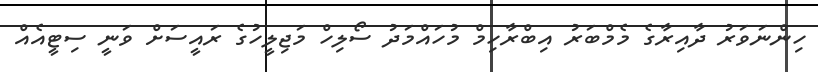
ހިންނަވަރު ދާއިރާގެ މެމްބަރު އިބްރާހިމް މުހައްމަދު ސޯލިހް މަޖިލީހުގެ ރައީސަށް ވަނީ ސިޓީއެއް